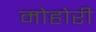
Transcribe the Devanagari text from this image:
मोहोरी